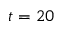
t = 2 0